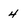
Character: 4